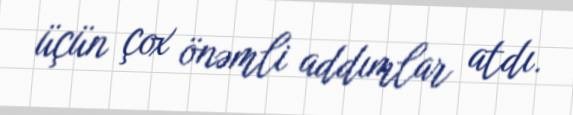
üçün çox önəmli addımlar atdı.